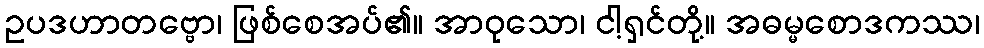
ဥပဒဟာတဗ္ဗော၊ ဖြစ်စေအပ်၏။ အာဝုသော၊ ငါ့ရှင်တို့။ အဓမ္မစောဒကဿ၊